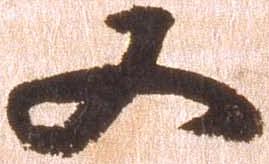
又